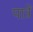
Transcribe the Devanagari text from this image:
पात्रें